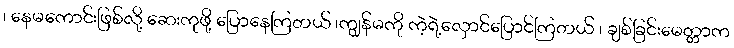
၊ နေမကောင်းဖြစ်လို့ ဆေးကုဖို့ ပြောနေကြတယ် ၊ကျွန်မကို ကဲ့ရဲ့လှောင်ပြောင်ကြတယ် ၊ ချစ်ခြင်းမေတ္တာက